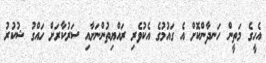
އެހީގެ މަތީން ހަނދާންކޮށް އެ ގައުމުގެ އެކުވެރި ރައްޔިތުންނަށާއި ސަރުކާރަށް ހައްގު ޝުކުރު